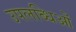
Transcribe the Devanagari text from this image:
उपलब्धिओं